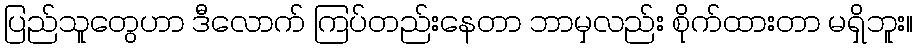
ပြည်သူတွေဟာ ဒီလောက် ကြပ်တည်းနေတာ ဘာမှလည်း စိုက်ထားတာ မရှိဘူး။